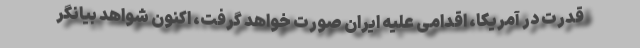
قدرت در آمریکا، اقدامی علیه ایران صورت خواهد گرفت، اکنون شواهد بیانگر